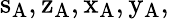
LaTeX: \mathrm{s_{A},z_{A},x_{A},y_{A},}